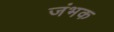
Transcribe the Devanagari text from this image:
जंभक